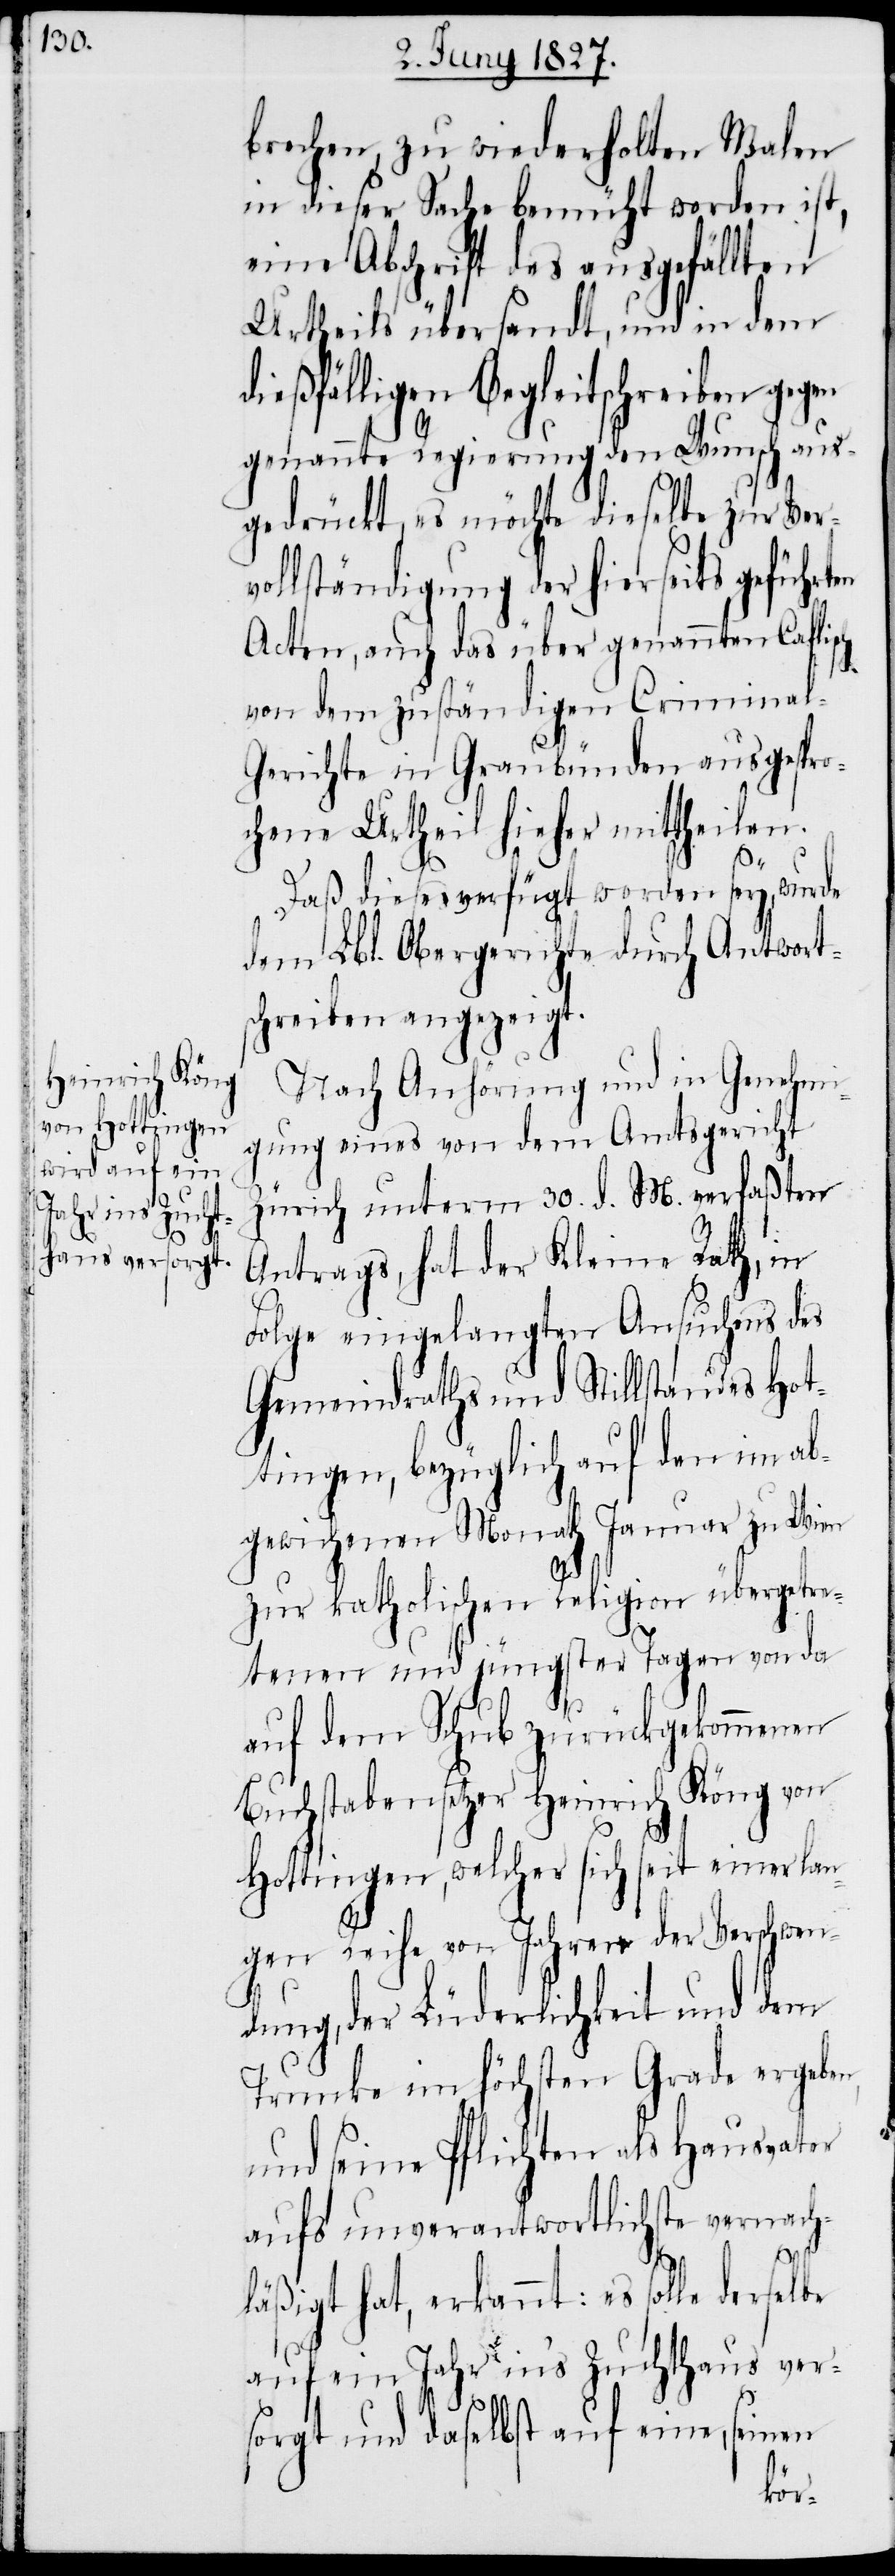
d¬

brechen, zu wiederholten Malen
in dieser Sache bemüht worden ist,
eine Abschrift des ausgefällten
Urtheils übersandt, und in dem
ießfälligen Begleitschreiben gegen
genannte Regierung den Wunsch aus¬
gedrückt, es möchte dieselbe zur Ver¬
vollständigung der hierseits geführten
Acten, auch das über genannten Caflisch
von dem zuständigen Criminal-G¬
erichte in Graubünden ausgespro¬
chene Urtheil hieher mittheilen.
Daß dieses verfügt worden sey, wurde
dem Lbl. Obergerichte durch Antworts¬
chreiben angezeigt.
Nach Anhörung und in Genehmi¬
gung eines von dem Amtsgericht
Zürich unterm 30. d. M. verfaßten
Antrags, hat der Kleine Rath, in
Folge eingelangten Ansuchens des
Gemeindraths und Stillstandes Hot¬
tingen, bezüglich auf den im ab¬
gewichenen Monath Januar zu Wien
zur katholischen Religion übergetre¬
tenen und jüngster Tagen von da
auf dem Schub zurückgekommenen
Buchstabensetzer Heinrich Köng von
Hottingen, welcher sich seit einer la¬
ngen Reihe von Jahren der Verschwen¬
dung, der Lüderlichkeit und dem
Trunke im höchsten Grade ergeben,
und seine Pflichten als Hausvater
aufs unverantwortlichste vernach¬
läßigt hat, erkennt: es solle
auf ein Jahr in’s Zuchthaus ver¬
sorgt und daselbst auf eine, seinen